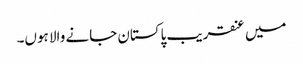
میں عنقریب پاکستان جانے والا ہوں۔